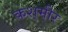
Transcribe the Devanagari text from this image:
कश्‌मीर